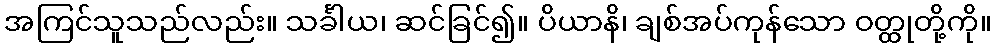
အကြင်သူသည်လည်း။ သင်္ခါယ၊ ဆင်ခြင်၍။ ပိယာနိ၊ ချစ်အပ်ကုန်သော ဝတ္ထုတို့ကို။